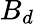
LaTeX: B_{d}